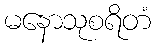
မနောသုစရိတံ